65_HS1-834228961_62-HQ-83894_Section_5
Agency: FBI
Page 126
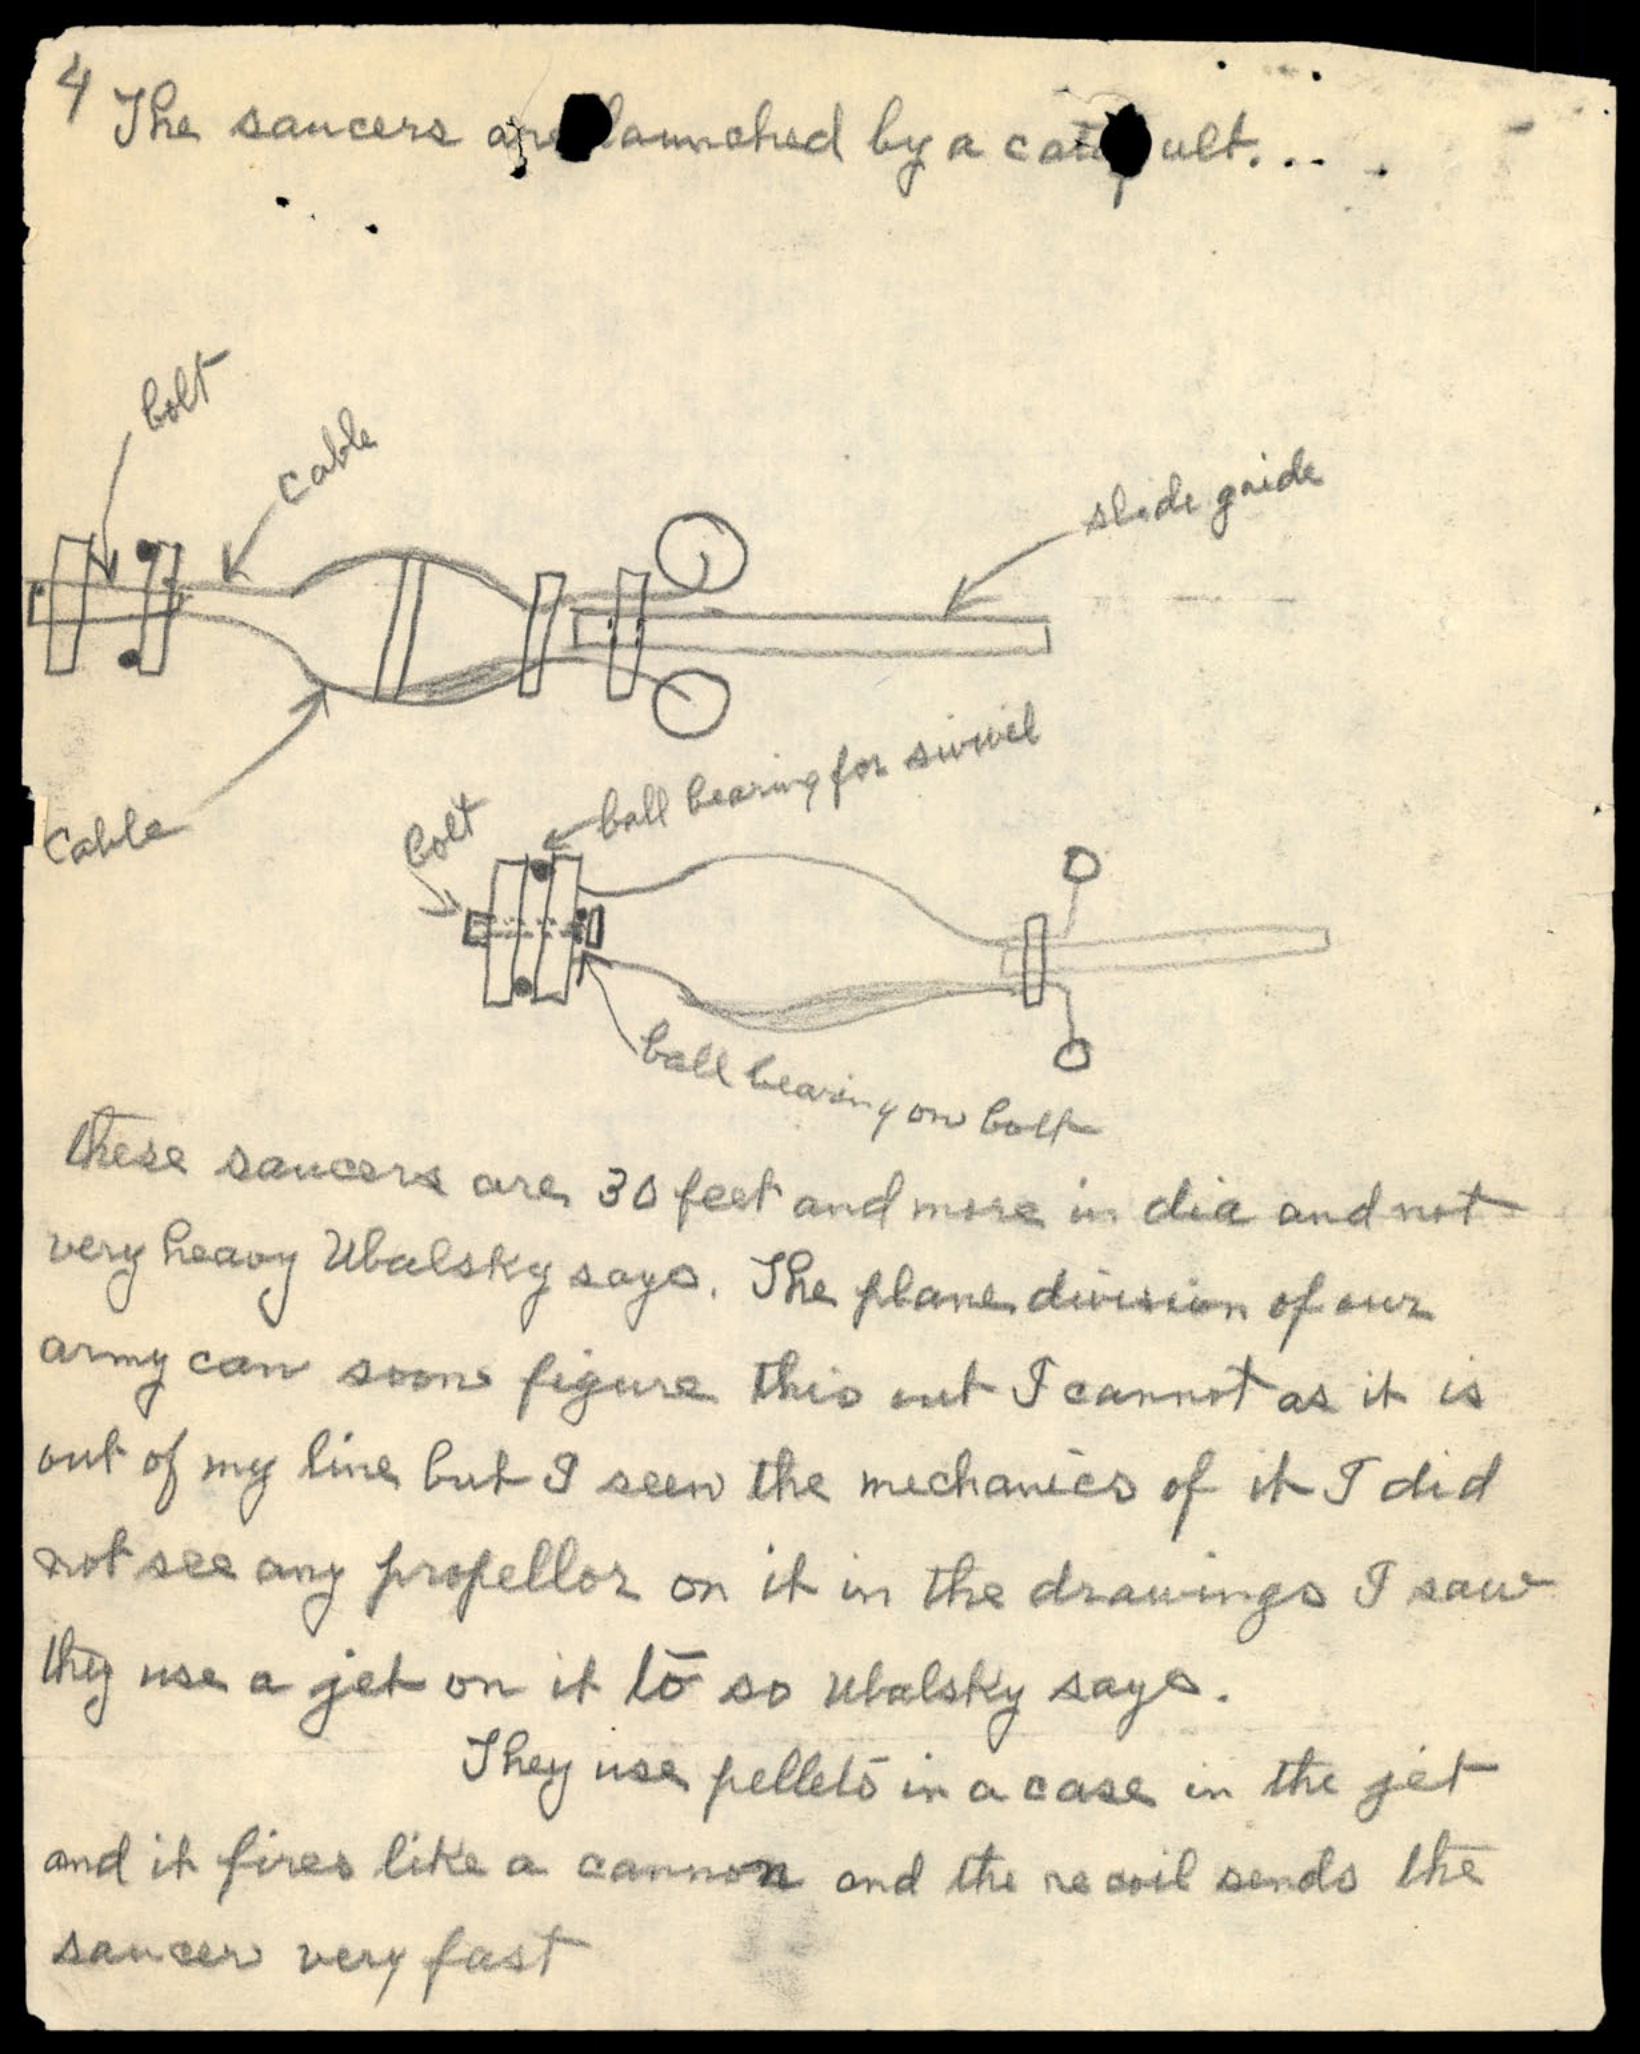